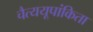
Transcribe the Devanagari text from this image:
चैत्ययूपांकिता